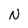
Character: N